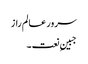
سرور عالم راز
جبینِ نعت ۔